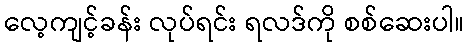
လေ့ကျင့်ခန်း လုပ်ရင်း ရလဒ်ကို စစ်ဆေးပါ။